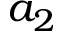
a _ { 2 }